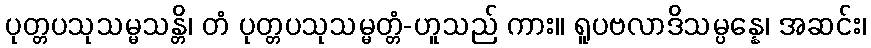
ပုတ္တပသုသမ္မသန္တိ၊ တံ ပုတ္တပသုသမ္မတ္တံ-ဟူသည် ကား။ ရူပဗလာဒိသမ္ပန္နေ၊ အဆင်း၊